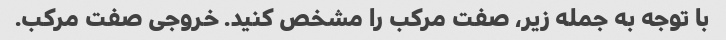
با توجه به جمله زیر، صفت مرکب را مشخص کنید. خروجی صفت مرکب.